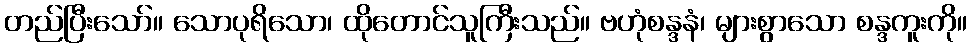
တည်ပြီးသော်။ သောပုရိသော၊ ထိုတောင်သူကြီးသည်။ ဗဟုံစန္ဒနံ၊ များစွာသော စန္ဒကူးကို။